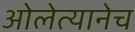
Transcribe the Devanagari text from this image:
ओलेत्यानेच